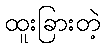
ထူးခြားတဲ့